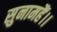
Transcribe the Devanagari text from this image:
सुनामहैं।।